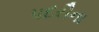
પદરૌના